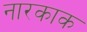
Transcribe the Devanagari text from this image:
नारकाक